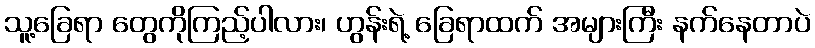
သူ့ခြေရာ တွေကိုကြည့်ပါလား၊ ဟွန်းရဲ့ ခြေရာထက် အများကြီး နက်နေတာပဲ